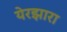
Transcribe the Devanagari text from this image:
येरझारा